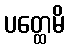
ပတ္ထေမိ